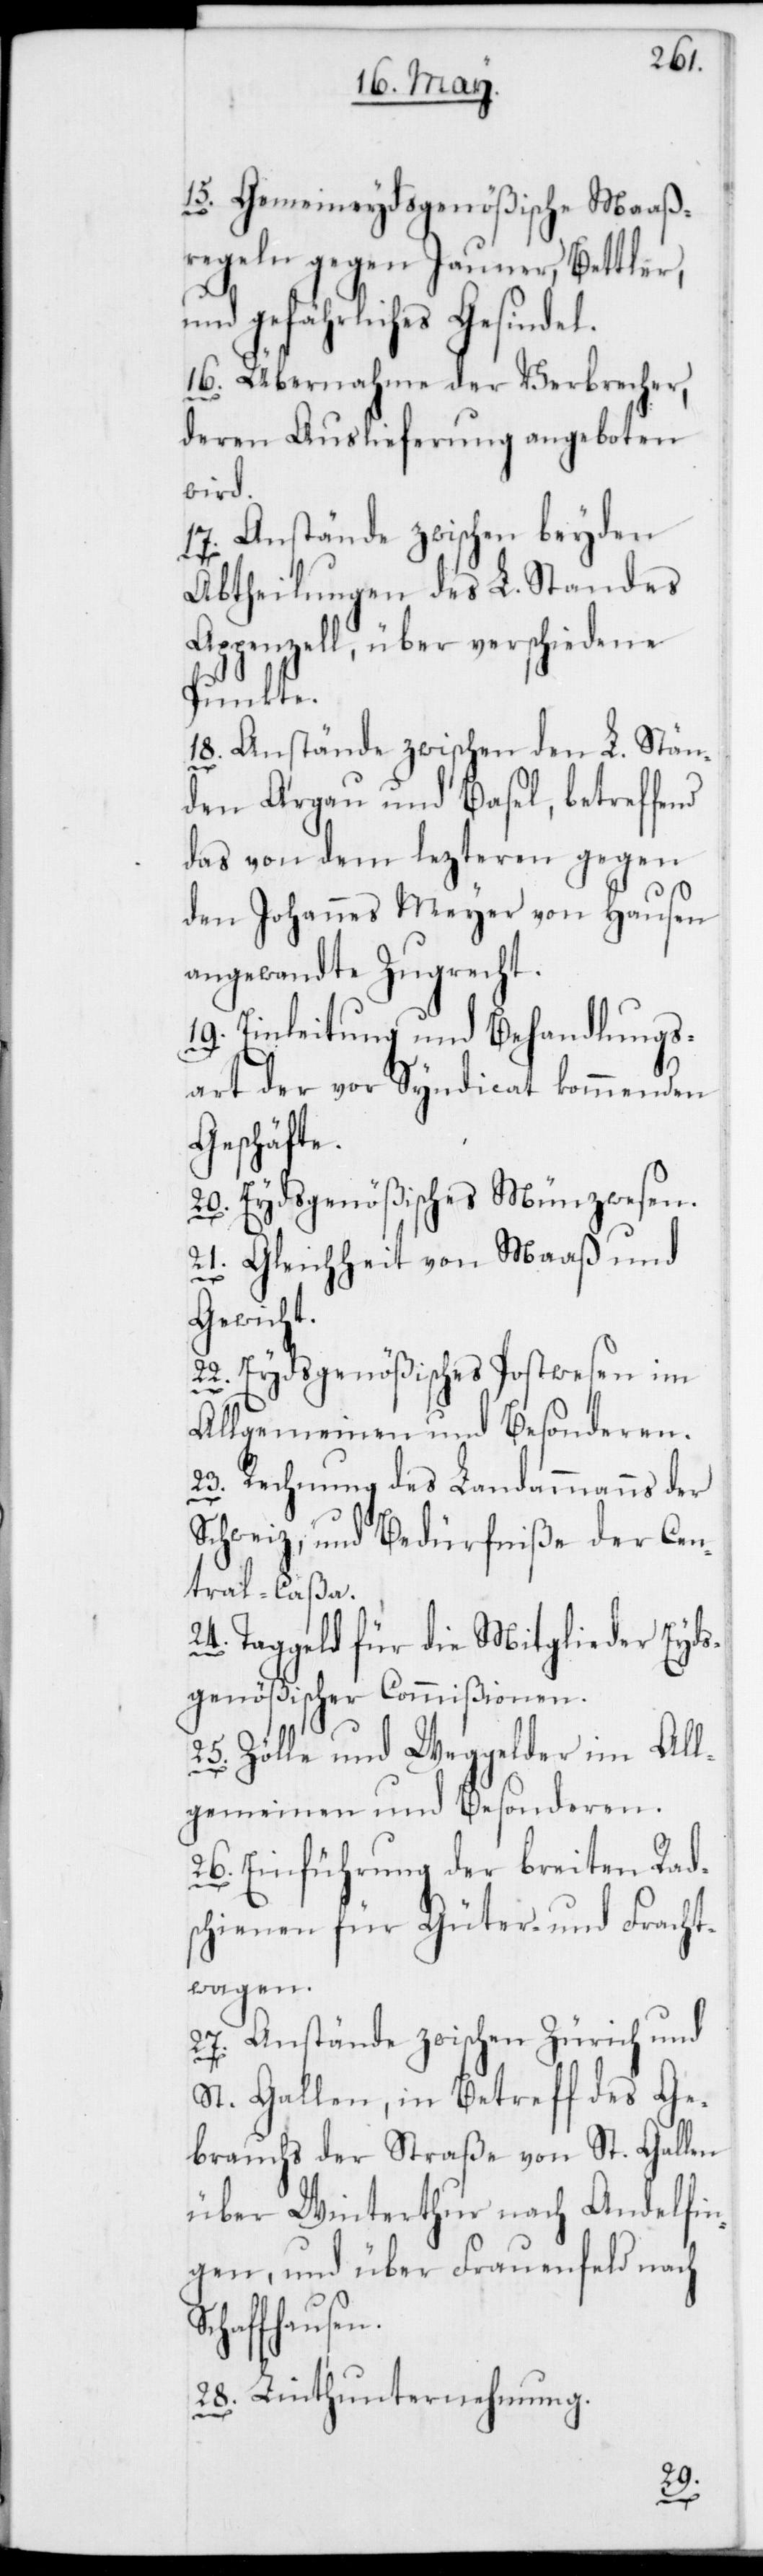
15. Gemeineydsgenößische Maaß¬
regeln gegen Jauner, Bettler,
und gefährliches Gesindel.
16. Übernahme der Verbrecher,
deren Auslieferung angeboten
wird.
17. Anstände zwischen beyden
Abtheilungen des L. Standes
Appenzell, über verschiedene
Punkte.
18. Anstände zwischen den L. Stän¬
S¬
den Argau und Basel, betreffend
das von dem lezteren gegen
den Johannes Meyer von Hausen
angewandte Zugrecht.
19. Einleitung und Behandlungs¬
art der vor Syndicat kommenden
Geschäfte.
20. Eydsgenößisches Münzwesen.
21. Gleichheit von Maaß und
Gewicht.
22. Eydsgenößisches Postwesen im
Allgemeinen und Besonderen.
23. Rechnung des Landammanns der
Schweiz, und Bedürfniße der Cen¬
tral-Caßa.
24. Taggeld für die Mitglieder Eyds¬
genößischer Commißionen.
25. Zölle und Weggelder im All¬
gemeinen und Besonderen.
26. Einführung der breiten Rad¬
schienen für Güter- und Fracht¬
wagen.
27. Anstände zwischen Zürich und
St. Gallen, in Betreff des Ge¬
brauchs der Straße von St. Gallen
über Winterthur nach Andelfin¬
gen, und über Frauenfeld nach
chaffhausen.
28. Linth-Unternehmung.